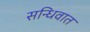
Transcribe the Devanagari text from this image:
सन्धिवात